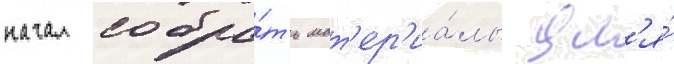
начал собра́ть мат'ер'иа́лы дл'я́